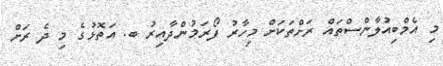
މި އެމްބިއުލާންސްތައް ރަށްތަކަށް މިހާރު ފޯރަމުންދާއިރު ބ. އަތޮޅުގެ މި ދެ ރަށް